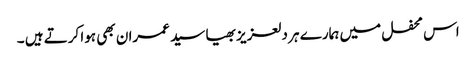
اس محفل میں ہمارے ہر دلعزیز بھیا سید عمران بھی ہوا کرتے ہیں ۔